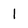
Character: I